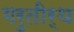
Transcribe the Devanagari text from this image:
गरुतीर्थ